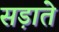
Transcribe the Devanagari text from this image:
सड़ाते